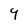
Character: 9